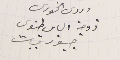
وردى الخورى زوجة الياس طنوس جبور قبيات